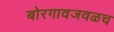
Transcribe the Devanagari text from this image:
बोरगावजवळच